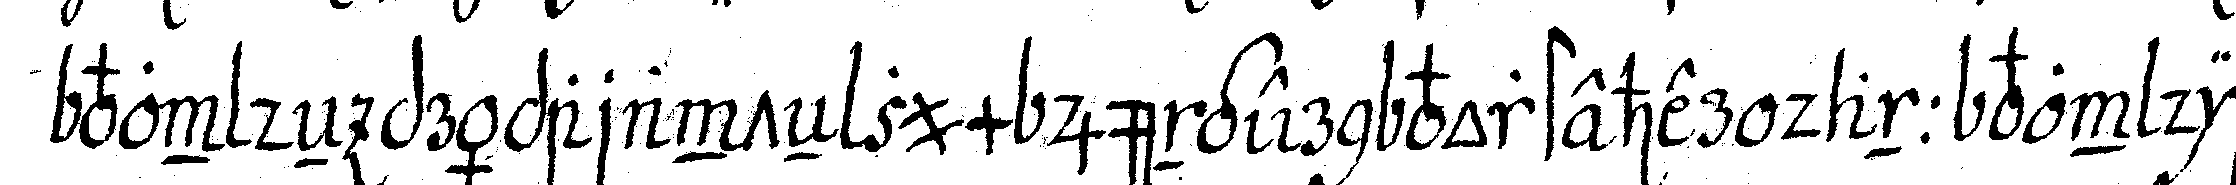
von deN präparanteN zum jüngern vorsteher dann von die